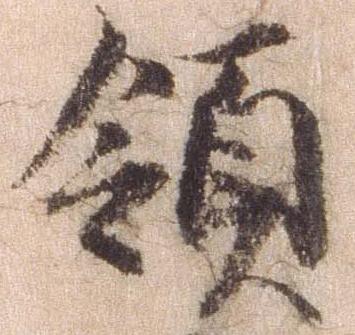
領